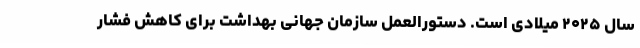
سال ۲۰۲۵ میلادی است. دستورالعمل سازمان جهانی بهداشت برای کاهش فشار